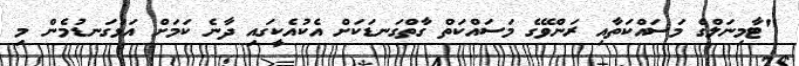
"ޓާމިނަލްގެ މަސައްކަތާއި ރަންވޭގެ މަސައްކަތް ގާތްގަނޑަކަށް އެކުއެކީގައި ދާނެ ކަމަށް އަޅުގަނޑުމެން މި